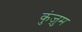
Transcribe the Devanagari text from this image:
कुंज़ुम